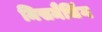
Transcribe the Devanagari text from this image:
मिसमैचिंग